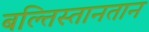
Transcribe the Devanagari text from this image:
बल्तिस्तानतान